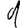
Digit: 1